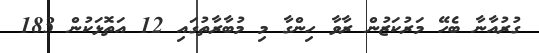
ގުރުއާނާ ބެހޭ މަރުކަޒުން ރާވާ ހިންގާ މި މުބާރާތުގައި 12 އަތޮޅަކުން 183